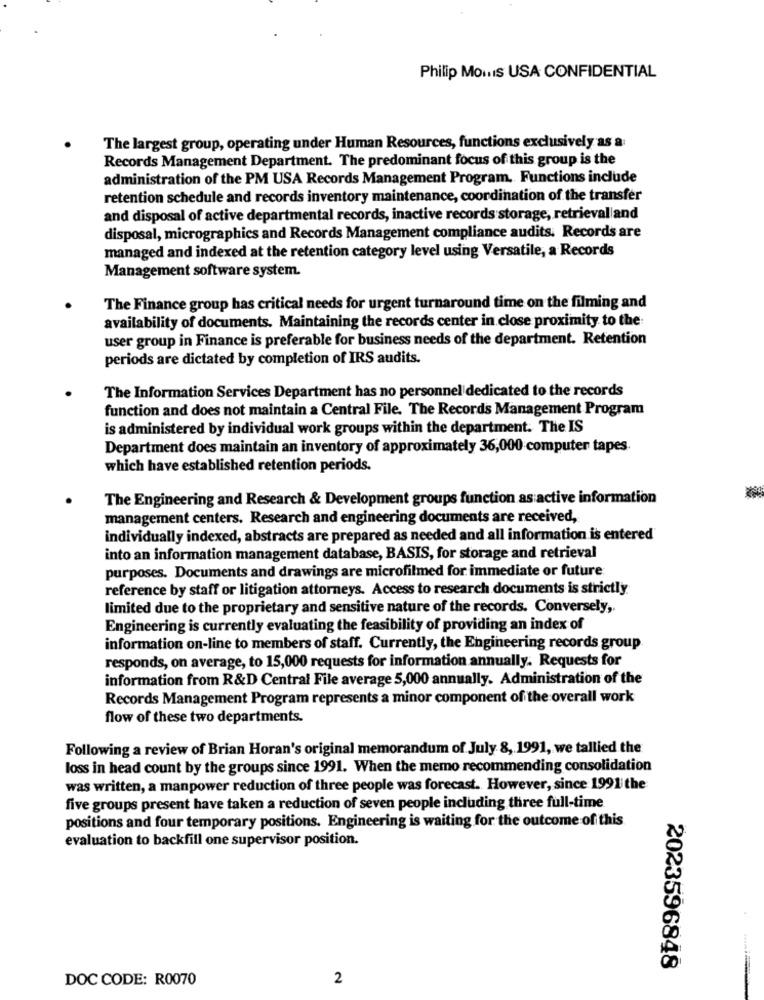
Philip Moins USA CONFIDENTIAL
The largest group, operating under Human Resources, functions exclusively as a
Records Management Department. The predominant focus of this group is the
administration of the PM USA Records Management Program. Functions include
retention schedule and records inventory maintenance, coordination of the transfer
and disposal of active departmental records, inactive records storage, retrievalland
disposal, micrographics and Records Management compliance audits. Records are
managed and indexed at the retention category level using Versatile, a Records
Management software system.
The Finance group has critical needs for urgent turnaround time on the filming and
availability of documents. Maintaining the records center in close proximity to the
user group in Finance is preferable for business needs of the department. Retention
periods are dictated by completion of IRS audits.
The Information Services Department has no personnel dedicated to the records
function and does not maintain a Central File. The Records Management Program
is administered by individual work groups within the department. The IS
Department does maintain an inventory of approximately 36,000 computer tapes.
which have established retention periods.
The Engineering and Research & Development groups function as active information
management centers. Research and engineering documents are received,
individually indexed, abstracts are prepared as needed and all information is entered
into an information management database, BASIS, for storage and retrieval
purposes. Documents and drawings are microfilmed for immediate or future
reference by staff or litigation attorneys. Access to research documents is strictly
limited due to the proprietary and sensitive nature of the records. Conversely ,.
Engineering is currently evaluating the feasibility of providing an index of
information on-line to members of staff. Currently, the Engineering records group.
responds, on average, to 15,000 requests for information annually. Requests for
information from R&D Central File average 5,000 annually. Administration of the
Records Management Program represents a minor component of the overall work
flow of these two departments.
Following a review of Brian Horan's original memorandum of July 8, 1991, we tallied the
loss in head count by the groups since 1991. When the memo recommending consolidation
was written, a manpower reduction of three people was forecast. However, since 1991 the
five groups present have taken a reduction of seven people including three full-time
positions and four temporary positions. Engineering is waiting for the outcome of this
evaluation to backfill one supervisor position.
2023596848
DOC CODE: R0070
2